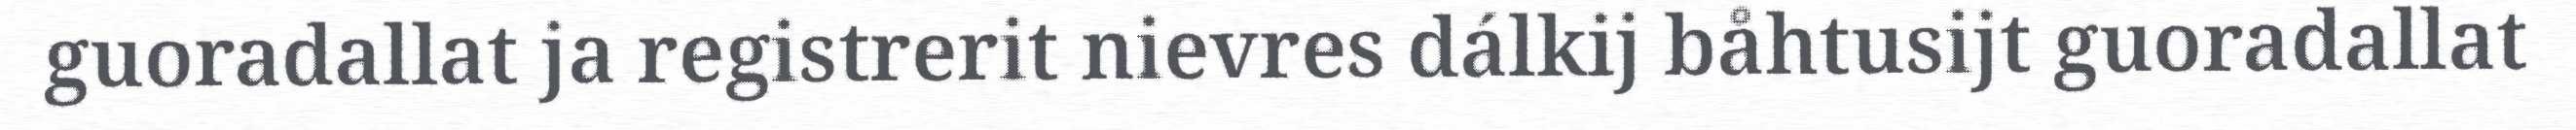
guoradallat ja registrerit nievres dálkij båhtusijt guoradallat